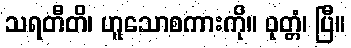
သရတီတိ၊ ဟူသောစကားကို။ ဝုတ္တံ၊ ပြီ။